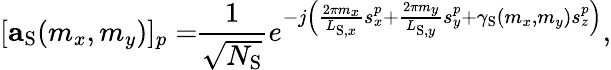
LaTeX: [\mathbf{a}_{\mathrm{S}}(m_{x},m_{y})]_{p}=\! \! \frac{1}{\sqrt{N_{\mathrm{S}}}}e^{-j\left(\frac{2\pi m_{x}}{L_{\mathrm{S},x}}s_{x}^{p}+\frac{2\pi m_{y}}{L_{\mathrm{S},y}}s_{y}^{p}+\gamma_{\mathrm{S}}(m_{x},m_{y})s_{z}^{p}\right)},